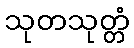
သုတသုတ္တံ